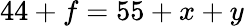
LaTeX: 44+f=55+x+y